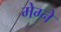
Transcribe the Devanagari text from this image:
मेग्ने